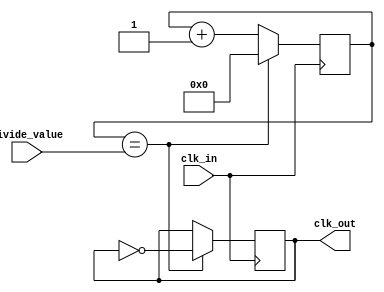
module frequency_divider(
    input wire clk_in,
    input wire [7:0] divide_value,
    output reg clk_out
);

reg [7:0] counter;

always @(posedge clk_in) begin
    if (counter == divide_value) begin
        counter <= 0;
        clk_out <= ~clk_out;
    end else begin
        counter <= counter + 1;
    end
end

endmodule